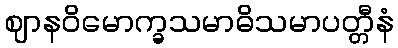
ဈာနဝိမောက္ခသမာဓိသမာပတ္တီနံ